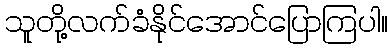
သူတို့လက်ခံနိုင်အောင်ပြောကြပါ။